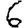
Digit: 6